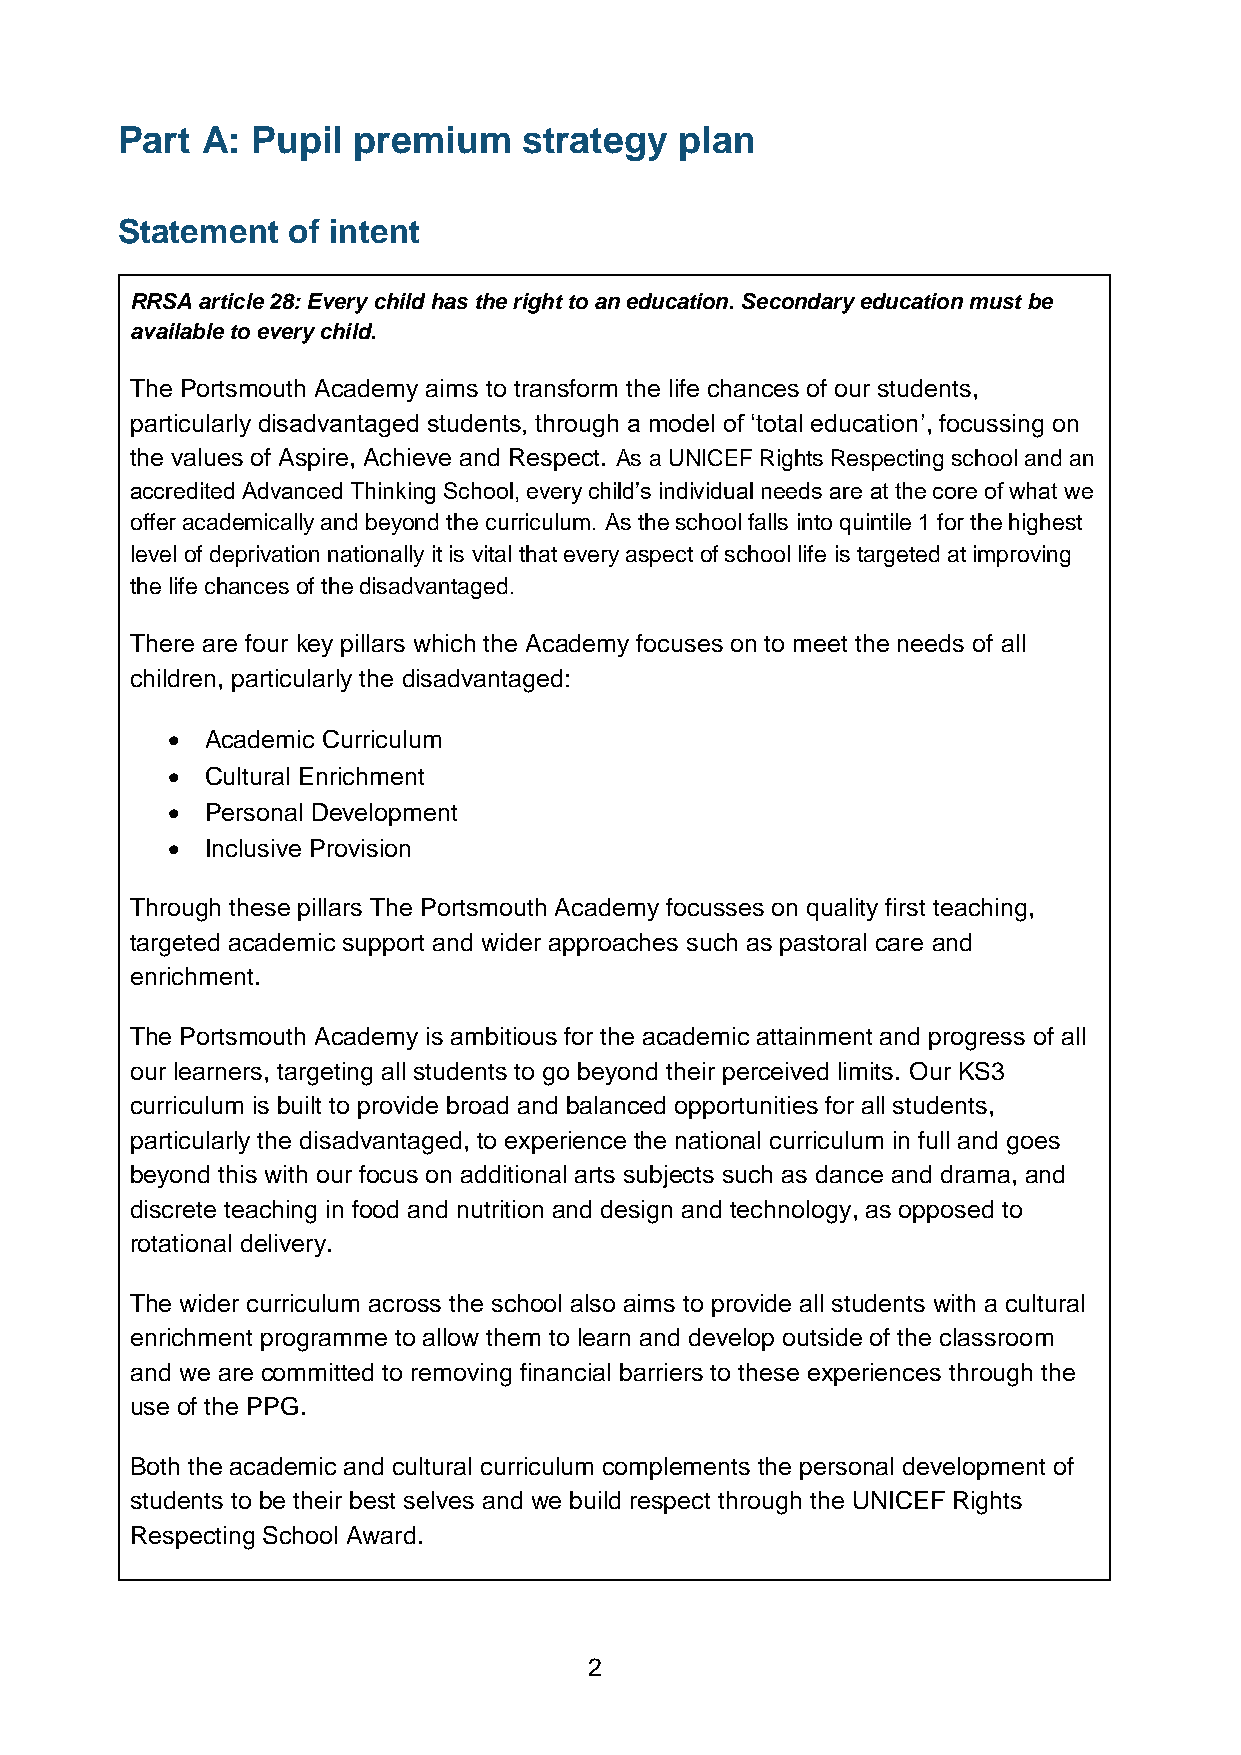
Part A:  Pupil premium     strategy  plan
 Statement  of intent
 RRSA article 28: Every child has the right to an education. Secondary education must be
 available to every child.
 The Portsmouth Academy aims to transform the life chances of our students,
 particularly disadvantaged students, through a model of ‘total education’, focussing on
 the values of Aspire, Achieve and Respect. As a UNICEF Rights Respecting school and an
 accredited Advanced Thinking School, every child’s individual needs are at the core of what we
 offer academically and beyond the curriculum. As the school falls into quintile 1 for the highest
 level of deprivation nationally it is vital that every aspect of school life is targeted at improving
 the life chances of the disadvantaged.
 There are four key pillars which the Academy focuses on to meet the needs of all
 children, particularly the disadvantaged:
 •  Academic Curriculum
 •  Cultural Enrichment
 •  Personal Development
 •  Inclusive Provision
 Through these pillars The Portsmouth Academy focusses on quality first teaching,
 targeted academic support and wider approaches such as pastoral care and
 enrichment.
 The Portsmouth Academy is ambitious for the academic attainment and progress of all
 our learners, targeting all students to go beyond their perceived limits. Our KS3
 curriculum is built to provide broad and balanced opportunities for all students,
 particularly the disadvantaged, to experience the national curriculum in full and goes
 beyond this with our focus on additional arts subjects such as dance and drama, and
 discrete teaching in food and nutrition and design and technology, as opposed to
 rotational delivery.
 The wider curriculum across the school also aims to provide all students with a cultural
 enrichment programme to allow them to learn and develop outside of the classroom
 and we are committed to removing financial barriers to these experiences through the
 use of the PPG.
 Both the academic and cultural curriculum complements the personal development of
 students to be their best selves and we build respect through the UNICEF Rights
 Respecting School Award.
 2